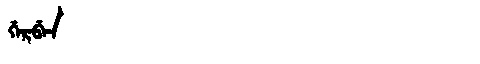
Manchu: ᡤᡝᡵᠪᡝᠨ
Romanization: GERBEN